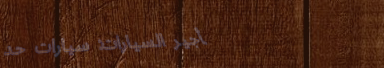
تأجير السيارات: سيارات حد